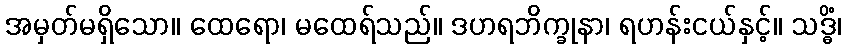
အမှတ်မရှိသော။ ထေရော၊ မထေရ်သည်။ ဒဟရဘိက္ခုနာ၊ ရဟန်းငယ်နှင့်။ သဒ္ဓိံ၊